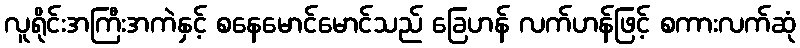
လူရိုင်းအကြီးအကဲနှင့် စနေမောင်မောင်သည် ခြေဟန် လက်ဟန်ဖြင့် စကားလက်ဆုံ